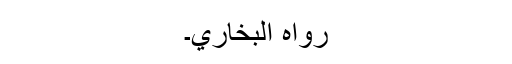
رَوَاہُ الْبُخَارِيُّ۔